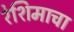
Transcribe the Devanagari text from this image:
रेशिमाचा